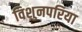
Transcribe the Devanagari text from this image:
विशुनपरिया